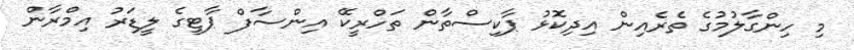
މި ހިންގާލުމުގެ ތެރެއިން އިދިކޮޅު ޕާކިސްތާން ތަހްރީކޭ އިންސާފް ޕާޓީގެ ލީޑަރު އިމްރާން